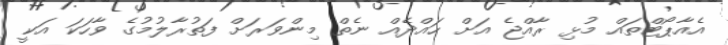
އެއާޕޯޓްތައް މުޅި ރާއްޖެ އަށް ހައްދެއް ނެތް މިންވަރަށް ފަތުރާލުމުގެ ވާހަކަ އަކީ